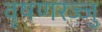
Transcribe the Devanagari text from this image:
वृषणरज्जु